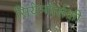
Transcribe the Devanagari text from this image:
सियेम्बोर्सकी